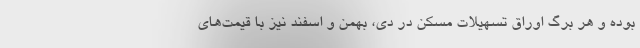
بوده و هر برگ اوراق تسهیلات مسکن در دی، بهمن و اسفند نیز با قیمت‌های